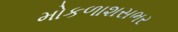
મોકળાશસભર